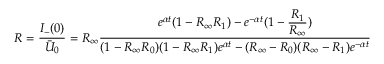
R = \frac { I _ { - } ( 0 ) } { \bar { U } _ { 0 } } = R _ { \infty } \frac { e ^ { \alpha t } ( 1 - R _ { \infty } R _ { 1 } ) - e ^ { - \alpha t } ( 1 - \frac { \displaystyle R _ { 1 } } { \displaystyle R _ { \infty } } ) } { ( 1 - R _ { \infty } R _ { 0 } ) ( 1 - R _ { \infty } R _ { 1 } ) e ^ { \alpha t } - ( R _ { \infty } - R _ { 0 } ) ( R _ { \infty } - R _ { 1 } ) e ^ { - \alpha t } }